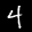
Label: 4